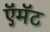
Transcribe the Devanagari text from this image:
ऍमॅट